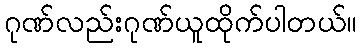
ဂုဏ်လည်းဂုဏ်ယူထိုက်ပါတယ်။